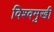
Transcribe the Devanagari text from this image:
विश्वमुखी